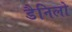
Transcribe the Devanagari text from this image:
डैनिलो